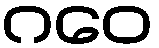
ဂဝေ